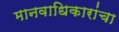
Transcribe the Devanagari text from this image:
मानवाधिकारांचा